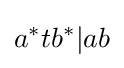
a^{*}tb^{*}|ab